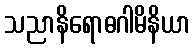
သညာနိရောဓဂါမိနိယာ